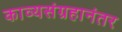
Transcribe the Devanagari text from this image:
काव्यसंग्रहानंतर